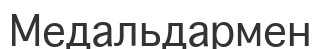
Медальдармен